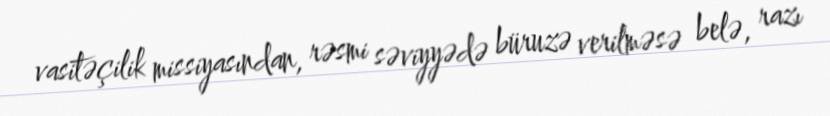
vasitəçilik missiyasından, rəsmi səviyyədə büruzə verilməsə belə, razı